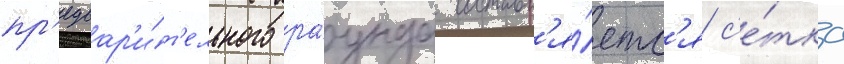
пр'едвар'и́т'ельного ра́унда составл'я́етс'я с'е́тка